Civil Veterinary Department Bihar reports 1940-50 - 1940-1950
Year: 1940
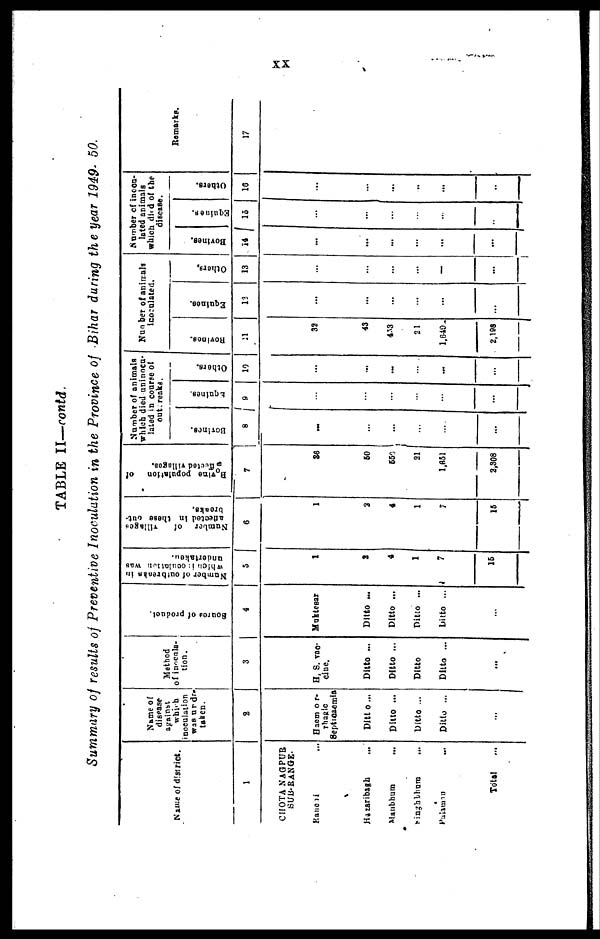
XX
TABLE II—contd.
Summary of results of Preventive Inoculation in the Province of Bihar during the year 1949- 50.
Name of district.
1
CHOTA NAGPUR
SUB-RANGE.
Ranchi ...
Hazaribagh ...
Manbhum ...
Singhbhum
...
palamau ...
Total ...
Name of
disease
against
which
inoculation
was urder-
taken.
2
Haemor-
rhagic
Septicaemia
Ditto ...
Ditto ...
Ditto ...
Ditto ...
...
Method
of inocula-
tion.
3
H. S. vac-
cine.
Ditto ...
Ditto ...
Ditto
Ditto ...
...
Source of Product
4
Muktesar
Ditto ...
Ditto ...
Ditto ...
Ditto ...
...
Number
of outbreaks in
which i nocul ati on was
undertaken.
5
1
2
4
1
7
15
Number of
villages
affected
in these out-
breaks.
6
1
3
4
1
7
15
Bovine
population of
affected villages.
7
36
60
650
21
1,651
3,308
Number of animals
which died uninocu-
lated in course of
outbreaks.
Bovines.
8
...
...
...
...
...
...
Equines.
9
...
...
...
...
...
...
Others.
10
...
...
...
...
...
...
Number of animals
inoculated.
BOVINES.
11
32
43
453
21
1.640
2.108
Equines.
12
...
...
...
...
...
...
Others.
13
...
...
...
...
...
...
Number of inocu-
lated animals
which died of the
disease.
Bovines.
14
...
...
...
...
...
...
Equines.
15
...
...
...
...
...
...
Others.
16
...
...
...
..
...
..
Remarks.
17